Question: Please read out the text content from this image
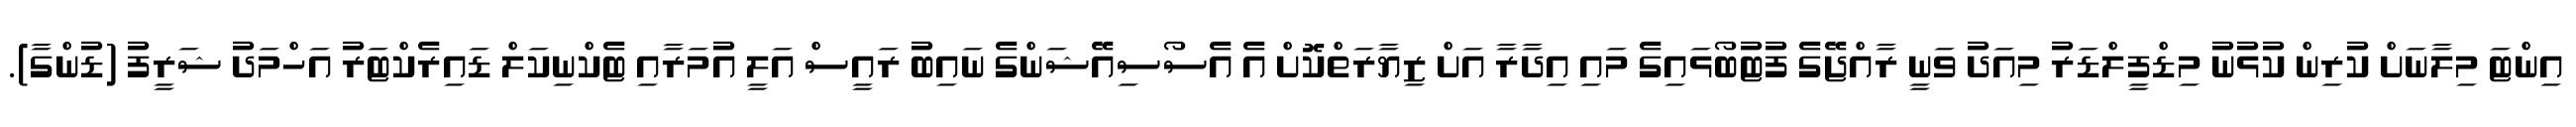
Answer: އިންޓަ މިލާނަށް ކުރިން ކުޅުނު މިޑްފީލްޑަރު މިއަދު ވަނީ ރާއްޖޭގެ ފުޓުބޯޅައިގެ މައި އިދާރާ އަށް ޒިޔާރަތްކޮށް އެ އެސޯސިއޭޝަންގެ ނައިބު ރައީސް އަލީ އުމަރާއި ޓެކްނިކަލް ޑައިރެކްޓަރު އަހްމަދު ޝަރީފު (ޑުންގާ).